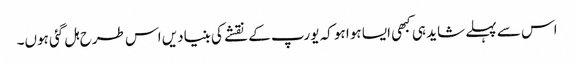
اس سے پہلے شاید ہی کبھی ایسا ہوا ہو کہ یورپ کے نقشے کی بنیادیں اس طرح ہل گئی ہوں۔